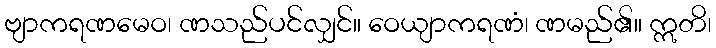
ဗျာကရဏမေဝ၊ ဏသည်ပင်လျှင်။ ဝေယျာကရဏံ၊ ဏမည်၏။ ဣတိ၊